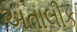
અતાલીક